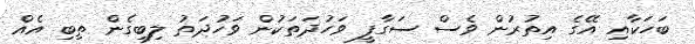
ބަހަކާއި އޭގެ އިތުރުން ވެސް ސަގާފީ ވަހުދަތަކުން ވަހުދަތު ލިބިގެން ތިބި އެއް